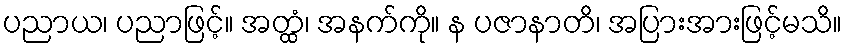
ပညာယ၊ ပညာဖြင့်။ အတ္ထံ၊ အနက်ကို။ န ပဇာနာတိ၊ အပြားအားဖြင့်မသိ။